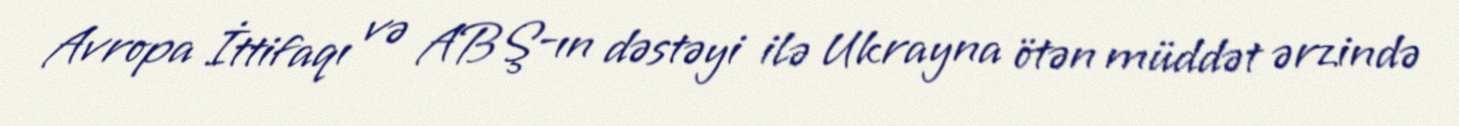
Avropa İttifaqı və ABŞ-ın dəstəyi ilə Ukrayna ötən müddət ərzində